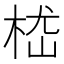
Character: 𣒎